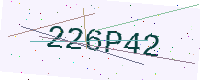
Text: 226P42